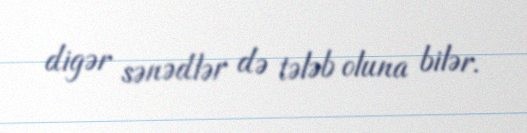
digər sənədlər də tələb oluna bilər.